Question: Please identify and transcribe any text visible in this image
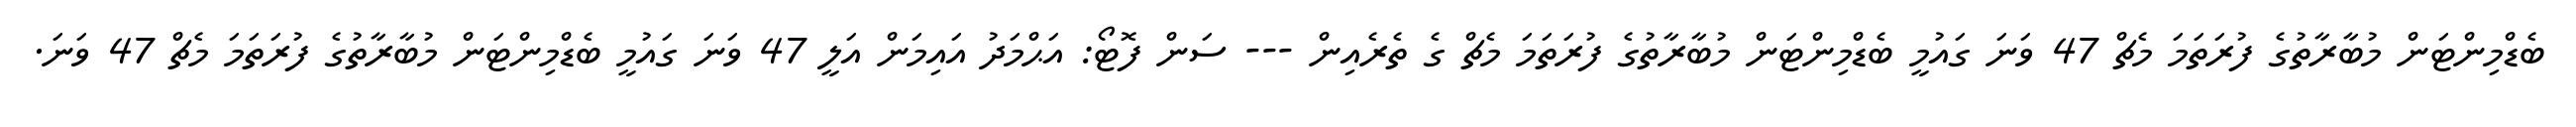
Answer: ބެޑްމިންޓަން މުބާރާތުގެ ފުރަތަމަ މެޗް 47 ވަނަ ގައުމީ ބެޑްމިންޓަން މުބާރާތުގެ ފުރަތަމަ މެޗް ގެ ތެރެއިން --- ސަން ފޮޓޯ: އަޙްމަދު އައިމަން އަލީ 47 ވަނަ ގައުމީ ބެޑްމިންޓަން މުބާރާތުގެ ފުރަތަމަ މެޗް 47 ވަނަ.